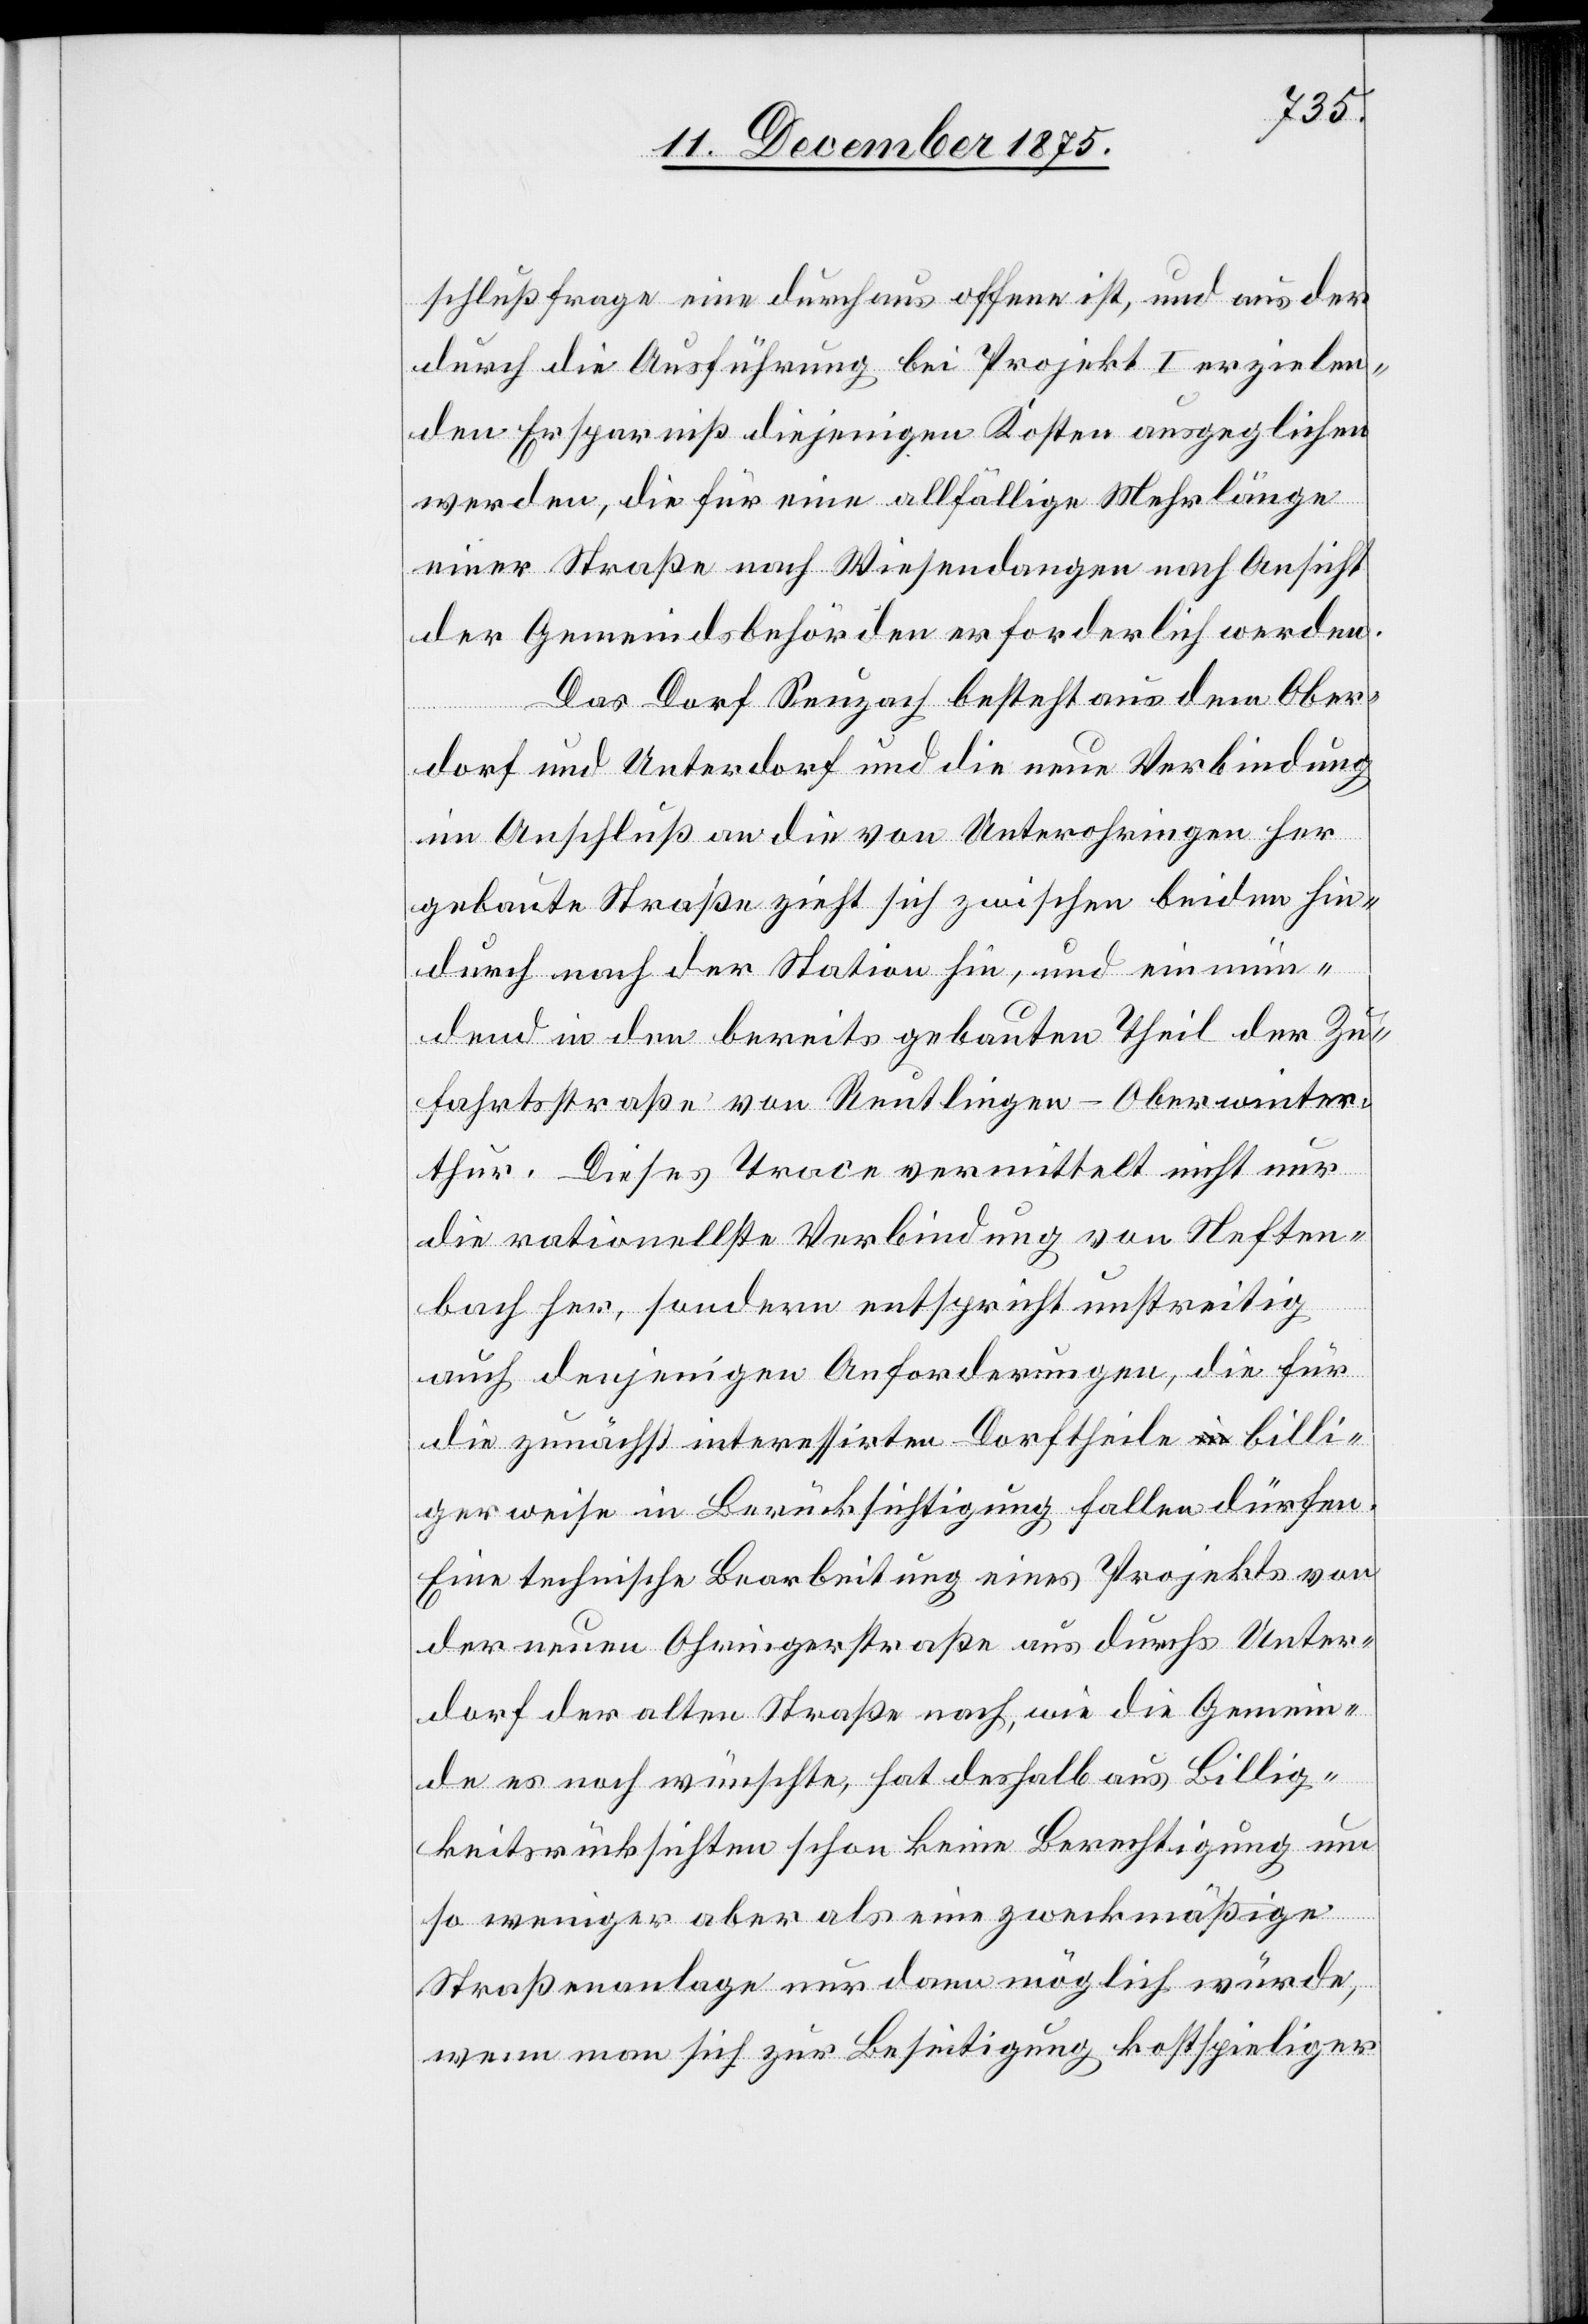
schlußfrage eine durchaus offene ist, und aus der
durch die Ausführung bei Projekt I erzielen¬
den Ersparniß diejenigen Kosten ausgeglichen
werden, die für eine allfällige Mehrlänge
einer Straße nach Wiesendangen nach Ansicht
der Gemeindsbehörden erforderlich werden.
Das Dorf Seuzach besteht aus dem Oberd¬
gebaute Straße zieht sich zwischen beiden hin¬
durch nach der Station hin, und einmün¬
dend in den bereits gebauten Theil der Zu¬
fahrtsstraße von Reutlingen–Oberwinter¬
thur. Diese Trace vermittelt nicht nur
die rationellste Verbindung von Neften¬
bach her, sondern entspricht unstreitig
auch denjenigen Anforderungen, die für
die zunächst interessirten Dorftheile billi¬
gerweise in Berücksichtigung fallen dürfen.
Eine technische Bearbeitung eines Projekts von
der neuen Ohringerstraße aus durchs Unter¬
dorf der alten Straße nach, wie die Gemein¬
de es noch wünschte, hat deshalb aus Billig¬
keitsrücksichten schon keine Berechtigung[,] um
her
so weniger aber als eine zweckmäßige
Straßenanlage nur dann möglich würde,
wenn man sich zur Beseitigung kostspieliger